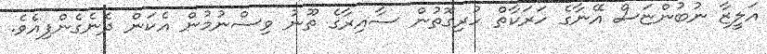
އަލީޒާ ނުބުންޏަސް އޭނާގެ ހަރަކާތް ހުރިގޮތުން ސާއިރާގެ ތޫނު ވިސްނުމުން އެކަން ދެނެގެންފިއެވެ.